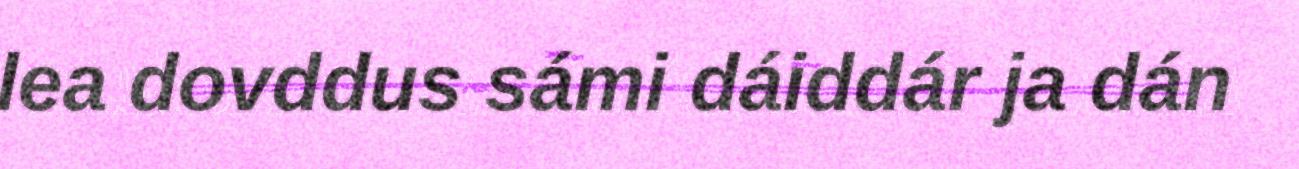
lea dovddus sámi dáiddár ja dán